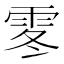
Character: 𩂓